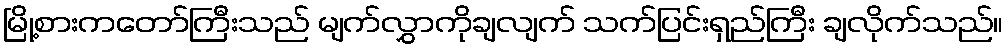
မြို့စားကတော်ကြီးသည် မျက်လွှာကိုချလျက် သက်ပြင်းရှည်ကြီး ချလိုက်သည်။